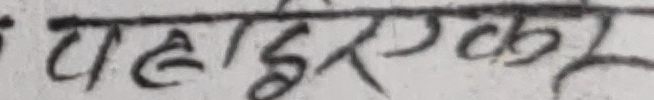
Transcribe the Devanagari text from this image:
पहाडरकूर